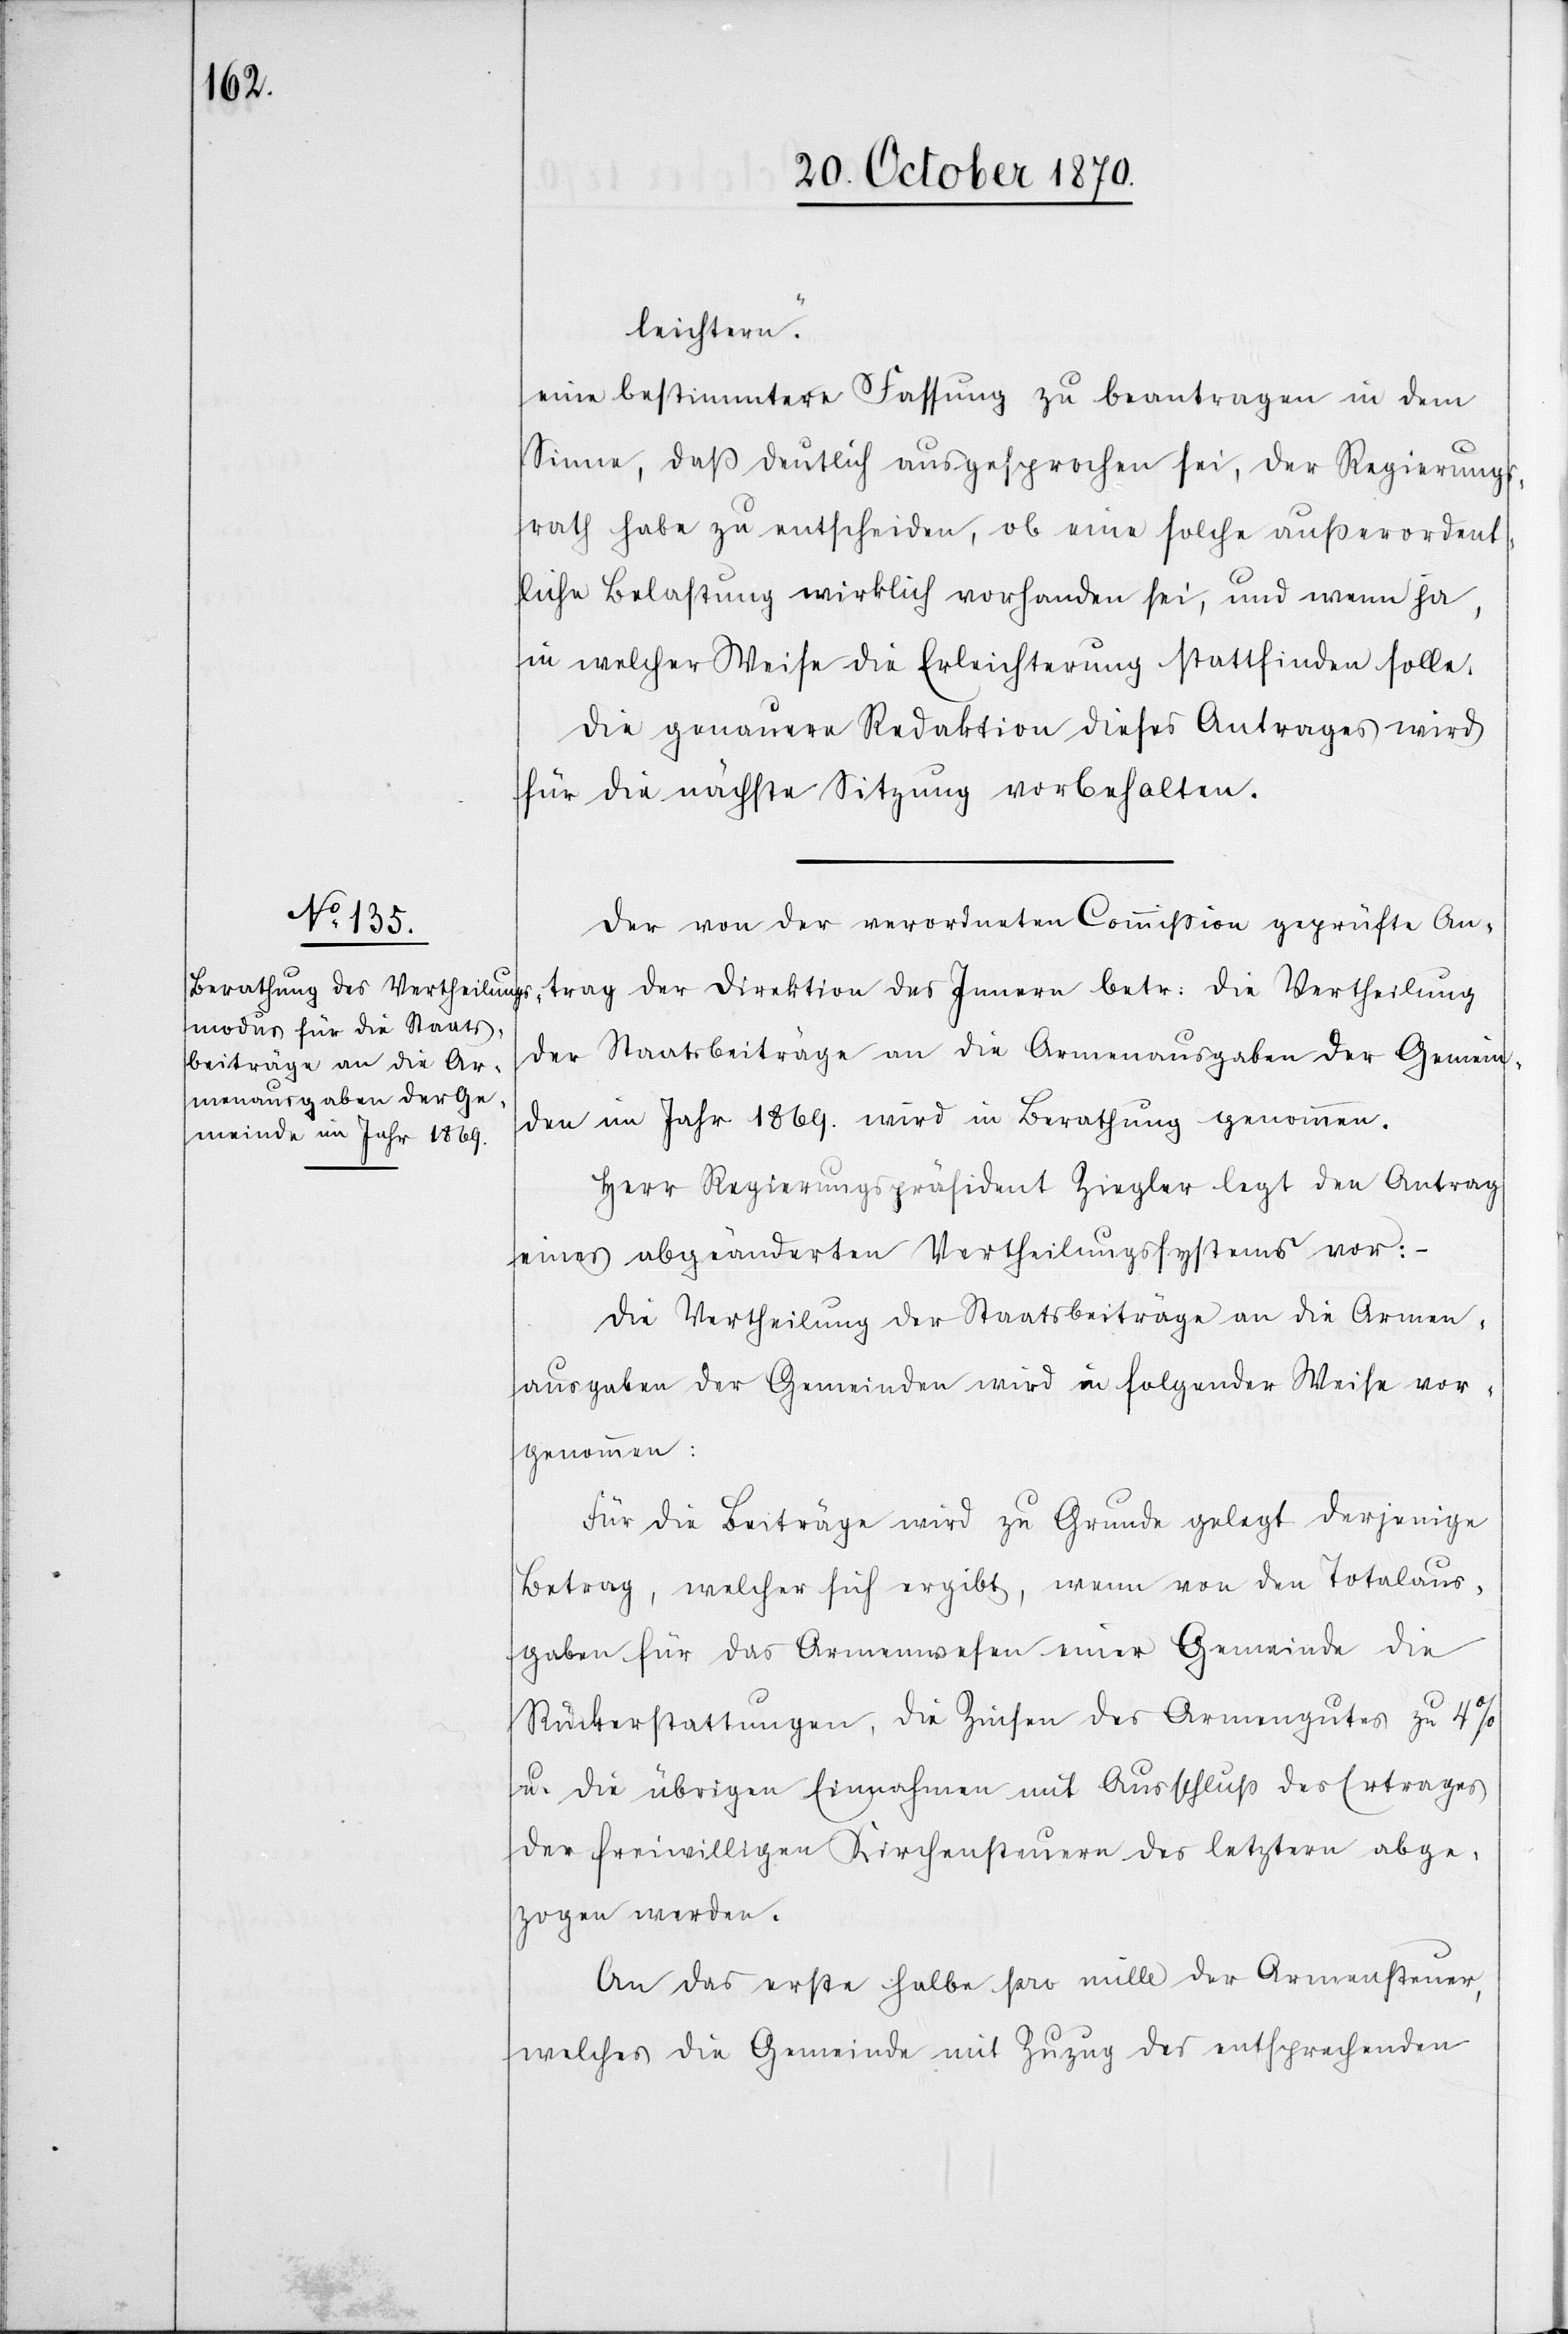
leichtern.“
eine bestimmtere Fassung zu beantragen in dem
Sinne, daß deutlich ausgesprochen sei, der Regierungs¬
rath habe zu entscheiden, ob eine solche außerordent¬
liche Belastung wirklich vorhanden sei, und wenn ja,
in welcher Weise die Erleichterung stattfinden solle.
Die genauere Redaktion dieses Antrages wird
für die nächste Sitzung vorbehalten.
Der von der verordneten Commißion geprüfte An¬
trag der Direktion des Innern betr: die Vertheilung
der Staatsbeiträge an die Armenausgaben der Gemein¬
den im Jahr 1869. wird in Berathung genommen.
Herr Regierungsrpräsident Ziegler legt den Antrag
eines abgeänderten Vertheilungssystems vor:
Die Vertheilung der Staatsbeiträge an die Armen¬
ausgaben der Gemeinden wird in folgender Weise vor¬
genommen:
Für die Beträge wird zu Grunde gelegt derjenige
Betrag, welcher sich ergibt, wenn von den Totalaus¬
gaben für das Armenwesen einer Gemeinde die
Rückerstattungen, die Zinsen des Armengutes zu 4%
u. die übrigen Einnahmen mit Ausschluß des Ertrages
der freiwilligen Kirchensteuern des letztern abge¬
zogen worden.
An das erste halbe pro mille der Armensteuer,
welches die Gemeinde mit Zuzug des entsprechenden